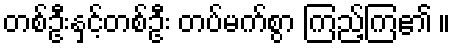
တစ်ဦးနှင့်တစ်ဦး တပ်မက်စွာ ကြည့်ကြ၏ ။